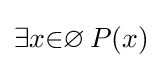
\exists {x}{\in }\varnothing \,P(x)